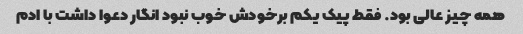
همه چیز عالی بود. فقط پیک یکم برخودش خوب نبود انگار دعوا داشت با ادم